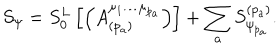
S _ { \psi } = S _ { 0 } ^ { L } \left[ \left( A _ { ( p _ { a } ) } ^ { \mu _ { 1 } \ldots \mu _ { p _ { a } } } \right) \right] + \sum _ { a } S _ { \psi _ { p _ { a } } } ^ { ( p _ { a } ) } .